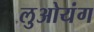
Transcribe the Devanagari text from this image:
लुओयंग